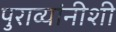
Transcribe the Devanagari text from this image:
पुराव्यांनीशी